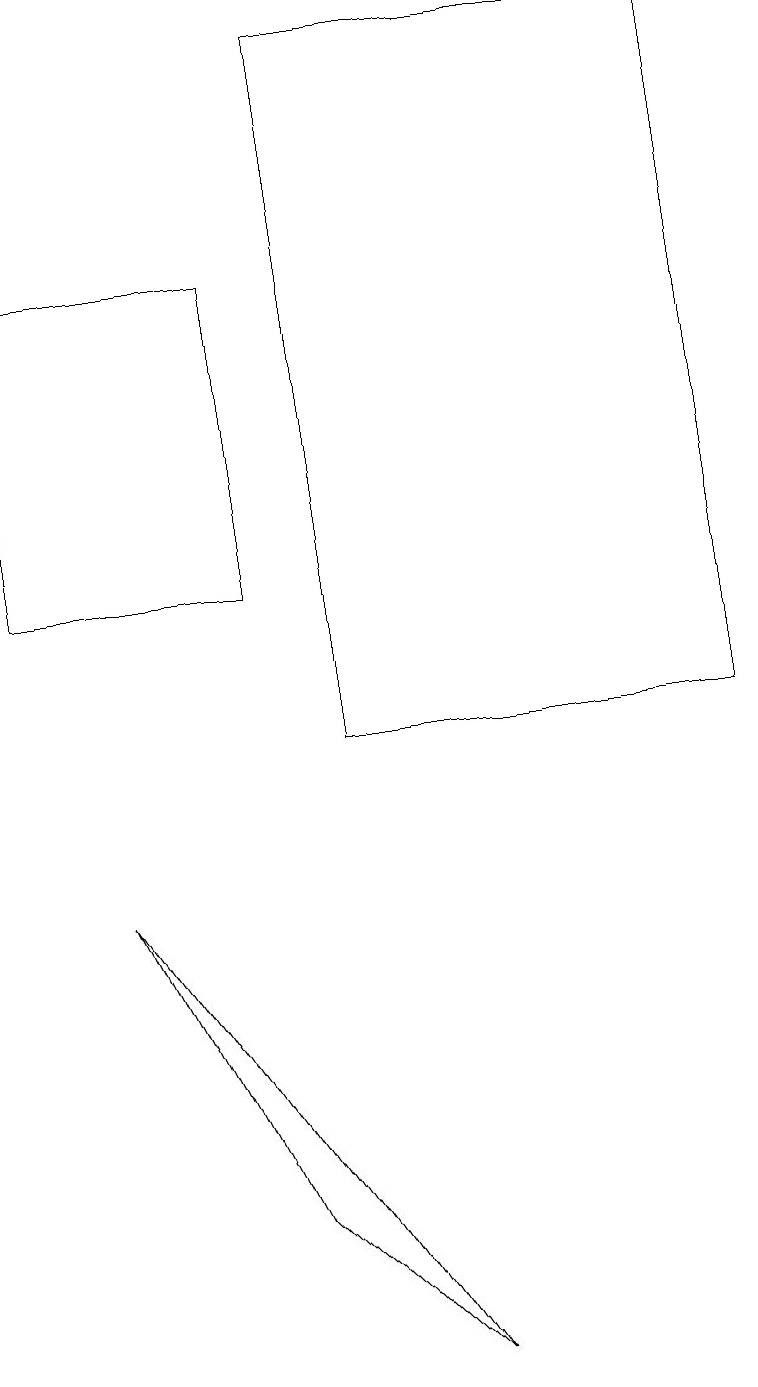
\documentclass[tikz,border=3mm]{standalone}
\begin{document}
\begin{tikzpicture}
\draw (3,16) rectangle (0,12);
\draw (4,10) rectangle (9,19);
\draw (3,4) -- (5,2) -- (1,8) -- cycle;
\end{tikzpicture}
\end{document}